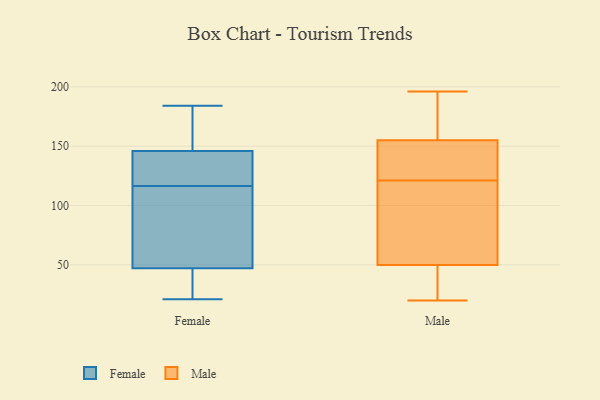
{"axis": {"x": "Market Share (%)", "y": "Value"}, "legend": ["Female", "Male"], "data": [{"x": "", "y": 52, "type": "Female"}, {"x": "", "y": 146, "type": "Female"}, {"x": "", "y": 125, "type": "Female"}, {"x": "", "y": 161, "type": "Female"}, {"x": "", "y": 112, "type": "Female"}, {"x": "", "y": 36, "type": "Female"}, {"x": "", "y": 121, "type": "Female"}, {"x": "", "y": 184, "type": "Female"}, {"x": "", "y": 47, "type": "Female"}, {"x": "", "y": 21, "type": "Female"}, {"x": "", "y": 145, "type": "Female"}, {"x": "", "y": 52, "type": "Female"}, {"x": "", "y": 23, "type": "Female"}, {"x": "", "y": 153, "type": "Female"}, {"x": "", "y": 55, "type": "Male"}, {"x": "", "y": 196, "type": "Male"}, {"x": "", "y": 121, "type": "Male"}, {"x": "", "y": 155, "type": "Male"}, {"x": "", "y": 195, "type": "Male"}, {"x": "", "y": 155, "type": "Male"}, {"x": "", "y": 20, "type": "Male"}, {"x": "", "y": 47, "type": "Male"}, {"x": "", "y": 141, "type": "Male"}, {"x": "", "y": 48, "type": "Male"}, {"x": "", "y": 121, "type": "Male"}]}